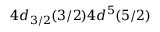
4 d _ { 3 / 2 } ( 3 / 2 ) 4 d ^ { 5 } ( 5 / 2 )